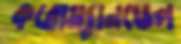
করোম্যানডেল